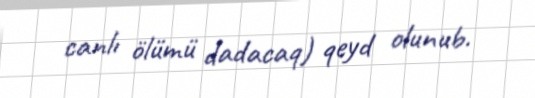
canlı ölümü dadacaq) qeyd olunub.